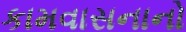
કામવાસનાનો